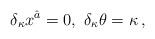
LaTeX: \begin{align*}\delta_{\kappa}x^{\hat{a}}=0, \,\, \delta_{\kappa}\theta=\kappa\, , \end{align*}